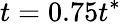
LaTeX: t=0.75t^{*}